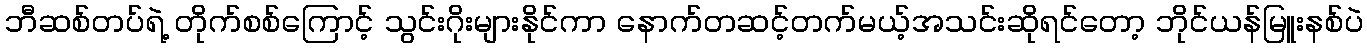
ဘီဆစ်တပ်ရဲ့ တိုက်စစ်ကြောင့် သွင်းဂိုးများနိုင်ကာ နောက်တဆင့်တက်မယ့်အသင်းဆိုရင်တော့ ဘိုင်ယန်မြူးနစ်ပဲ